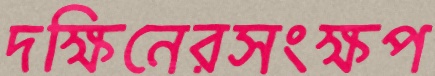
দক্ষিনেরসংক্ষপ